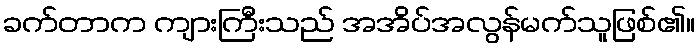
ခက်တာက ကျားကြီးသည် အအိပ်အလွန်မက်သူဖြစ်၏။